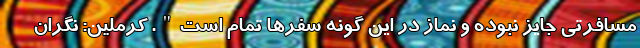
مسافرتی جایز نبوده و نماز در این گونه سفرها تمام است". کرملین: نگران